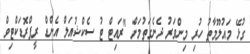
ގުޅޭ މައުލޫމާތު ހުރި މިންވަރު ދެނެގަތުމަށް "ރައިޓް ޓު ސެކްޝުއަލް އެންޑް ރީޕްރޮޑަކްޓިވް